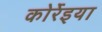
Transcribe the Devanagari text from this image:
कोर्रेइया